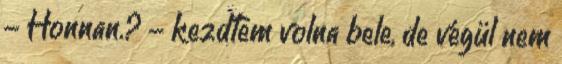
- Honnan.? - kezdtem volna bele, de végül nem